Magi,_Artur, lk 9
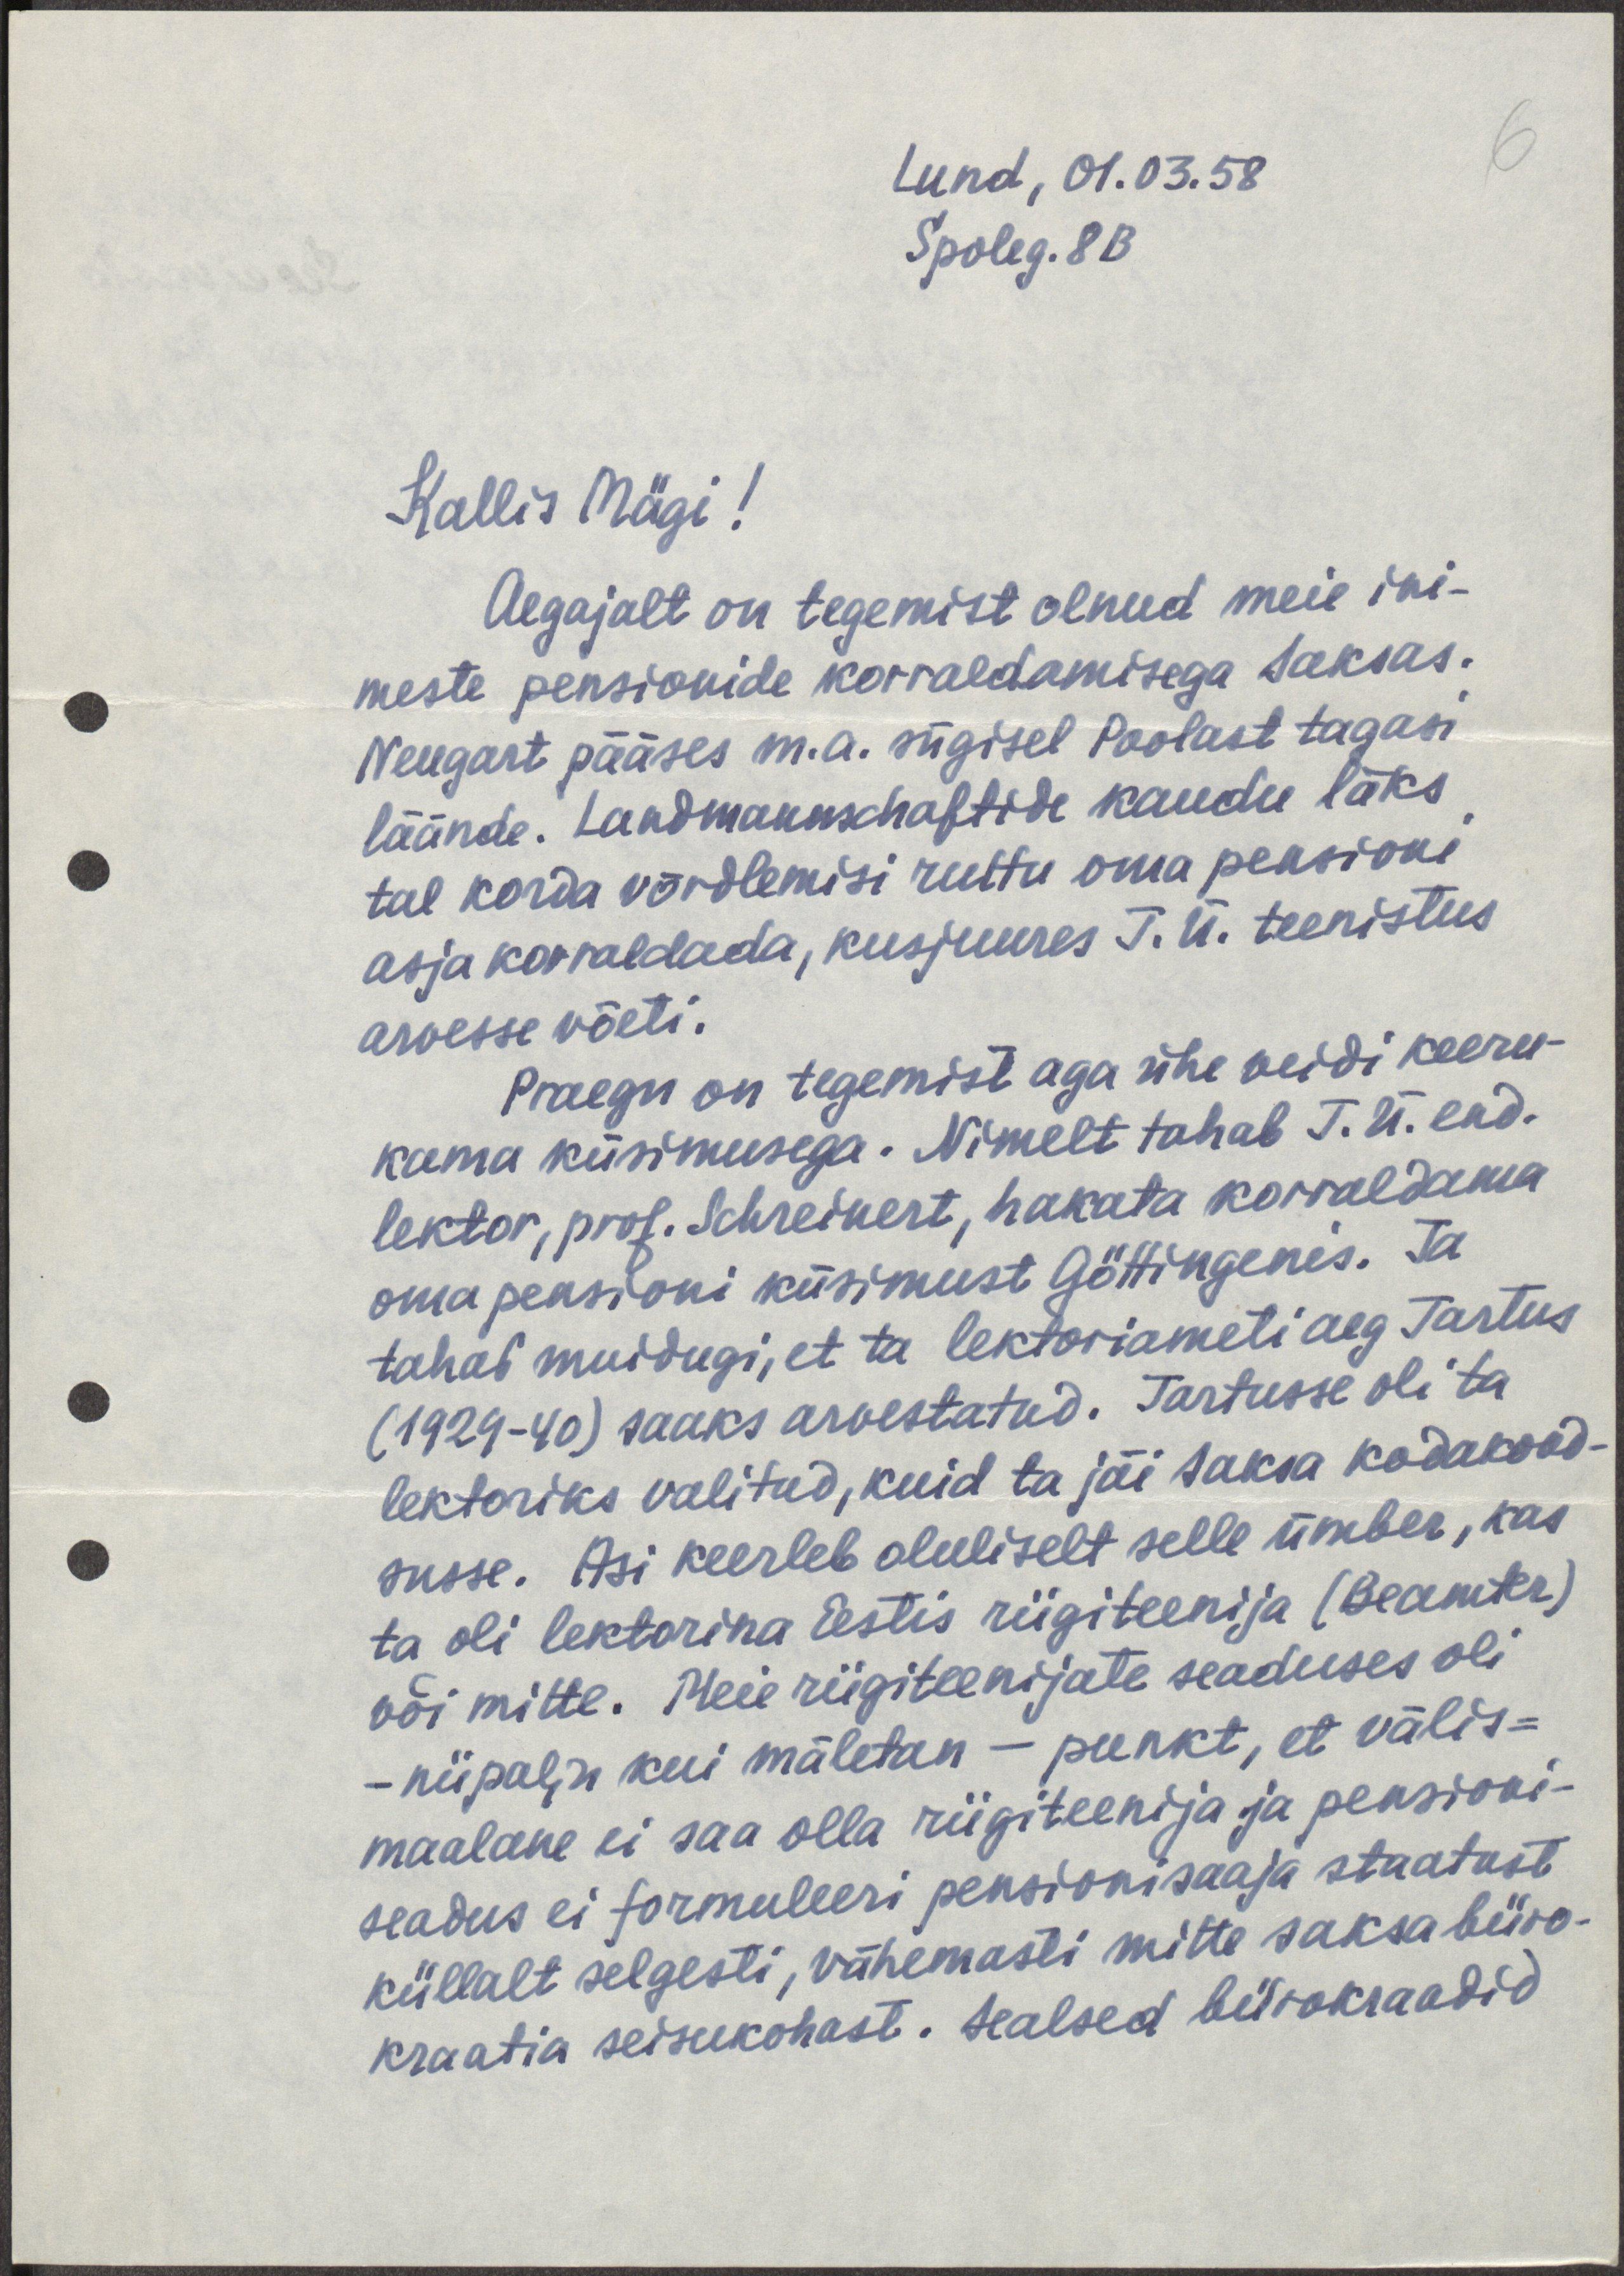
Lund, 01.03.58
Spoleg. 8 B
Kallis Mägi!
Aegajalt on tegemist olnud meie ini-
meste pensionide korraldamisega saksas.
Neugart pääses m.a. sügisel Poolast tagasi
läände. Landmannschaftide kaudu läks
tal korda võrdlemisi ruttu oma pensioni
asja korraldada, kusjuures T. Ü. teenistus
arvesse võeti.
Praegu on tegemist aga ühe veidi keeru-
kama küsimusega. Nimelt tahab T. Ü. end.
lektor, prof. Schreinert, hakata korraldama
oma pensioni küsimust Göttingenis. Ta
tahab muidugi, et ta lektoriameti aeg Tartus
(1929-40) saaks arvestatud. Tartusse oli ta
lektoriks valitud, kuid ta jäi saksa kodakood-
susse. Asi keerleb oluliselt selle ümber, kas
ta oli lektorina Eestis riigiteenija (Beamter)
või mitte. Meie riigiteenijate seaduses oli
- niipalju kui mäletan - punkt, et välis-
maalane ei saa olla riigiteenija ja pensioni-
seadus ei formuleeri pensionisaaja staatust
küllalt selgesti, vähemasti mitte saksa büro-
kraatia seisukohast. Sealsed bürokraadid